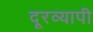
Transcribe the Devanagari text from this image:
दूरव्यापी